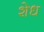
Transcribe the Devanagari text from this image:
शेध